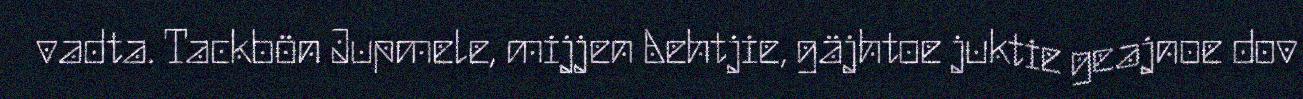
vadta. Tackbön Jupmele, mijjen Aehtjie, gäjhtoe juktie geajnoe dov